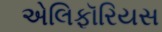
એલિફૉરિયસ